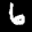
Label: 6